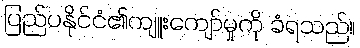
ပြည်ပနိုင်ငံ၏ကျူးကျော်မှုကို ခံရသည်။